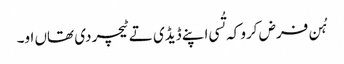
‏ ہُن فرض کرو کہ تُسی اپنے ڈیڈی تے ٹیچر دی تھاں او۔